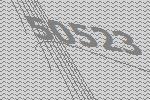
50523